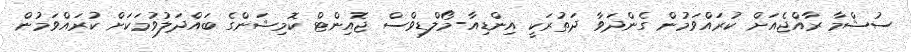
ސުޝްމާ ރާއްޖެއަށް ކުރައްވަމުން ގެންދަވާ ދަތުރަކީ އިންޑިއާ-މޯލްޑިވްސް ޖޮއިންޓް ކޮމިޝަންގެ ބައްދަލުވުމަކަށް ކުރައްވަމުން